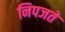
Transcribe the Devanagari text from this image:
निपजते